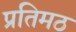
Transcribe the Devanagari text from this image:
प्रतिमठ